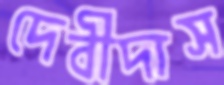
দেবীদাস